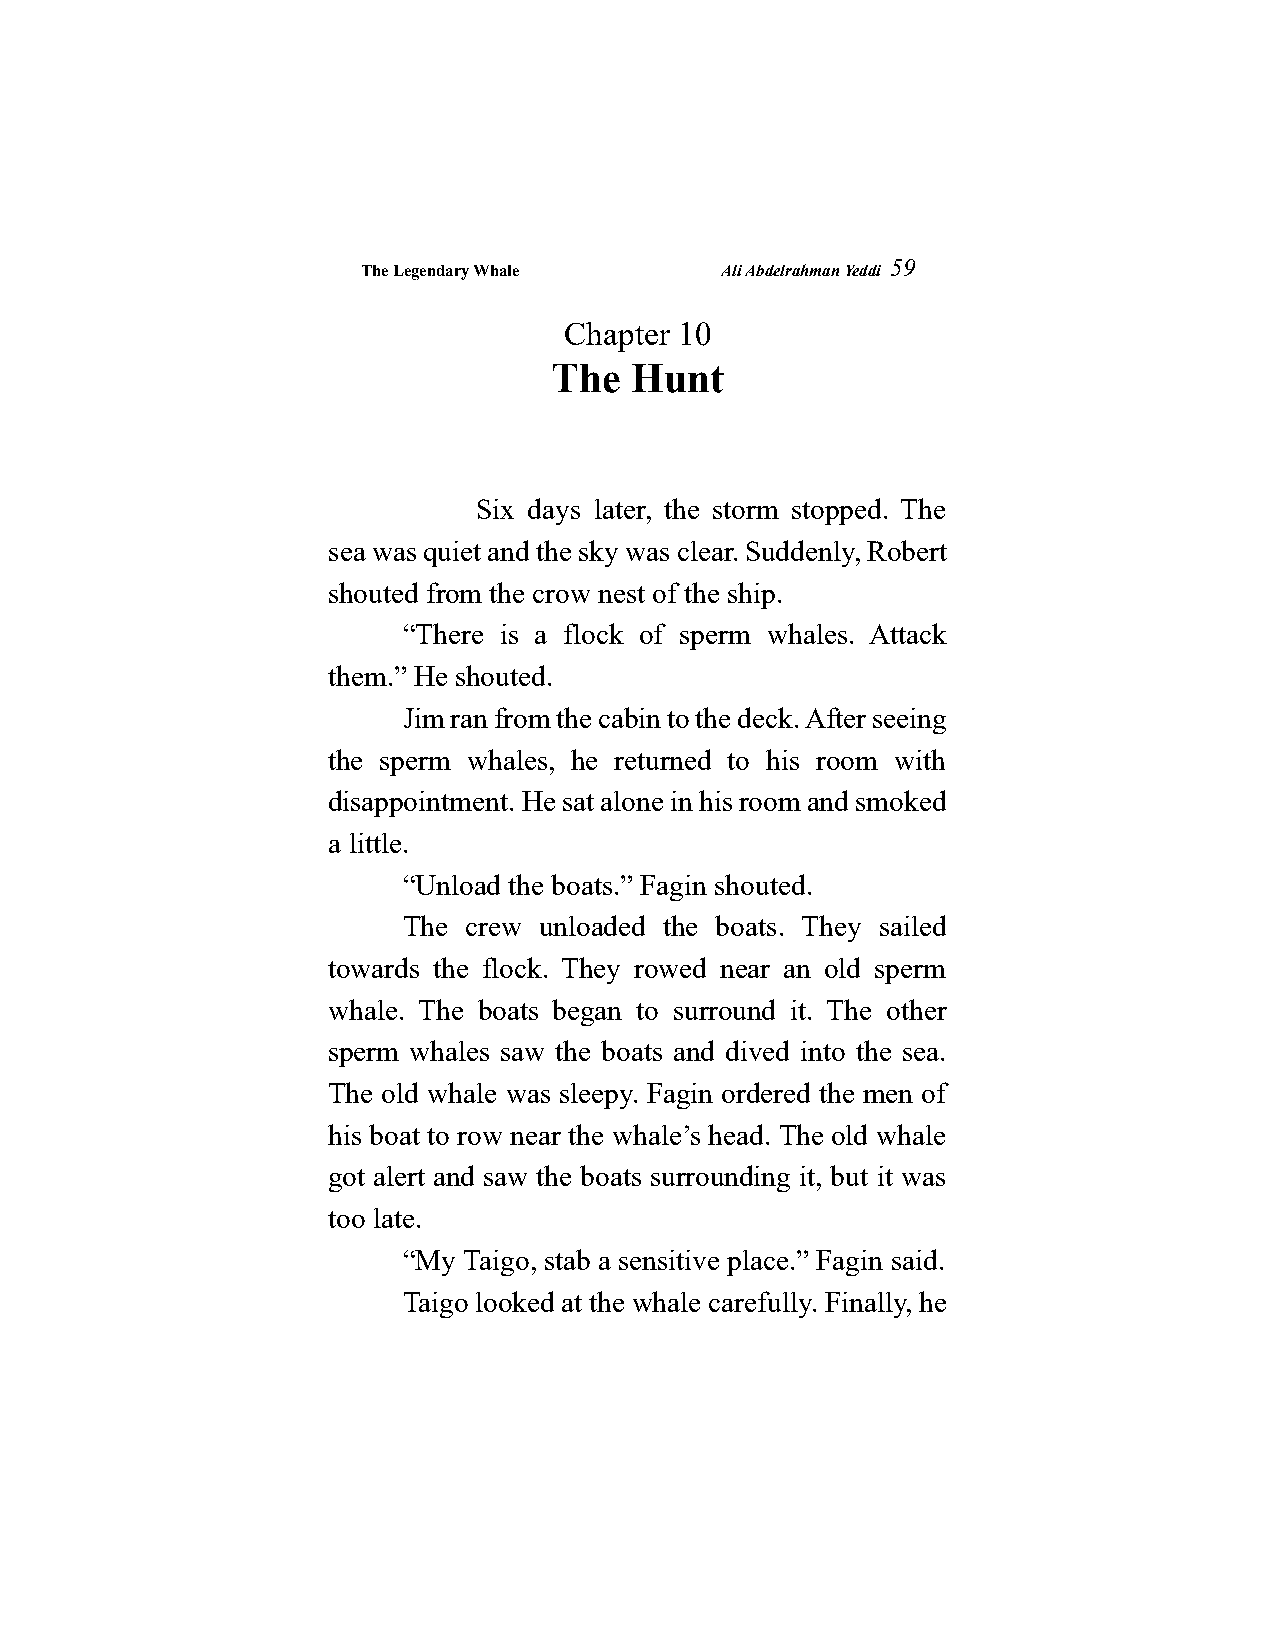
The Legendary Whale     Ali Abdelrahman Yeddi
 59
 Chapter 10
 The  Hunt
 Six days later, the storm stopped. The
 sea was quiet and the sky was clear. Suddenly, Robert
 shouted from the crow nest of the ship.
 “There is a flock of sperm whales. Attack
 them.” He shouted.
 Jim ran from the cabin to the deck. After seeing
 the sperm whales, he returned to his room with
 disappointment. He sat alone in his room and smoked
 a little.
 “Unload the boats.” Fagin shouted.
 The crew unloaded the boats. They sailed
 towards the flock. They rowed near an old sperm
 whale. The boats began to surround it. The other
 sperm whales saw the boats and dived into the sea.
 The old whale was sleepy. Fagin ordered the men of
 his boat to row near the whale’s head. The old whale
 got alert and saw the boats surrounding it, but it was
 too late.
 “My Taigo, stab a sensitive place.” Fagin said.
 Taigo looked at the whale carefully. Finally, he